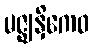
မဇ္ဈနှိကေဝ